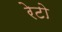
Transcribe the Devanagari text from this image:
रेटो